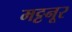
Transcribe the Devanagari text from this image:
मट्टनूर